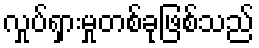
လှုပ်ရှားမှုတစ်ခုဖြစ်သည်